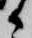
々